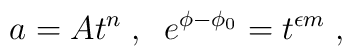
a = A t^n \; , \; \; e^{\phi - \phi_0} = t^{\epsilon m} \; ,